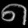
Digit: ၈